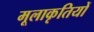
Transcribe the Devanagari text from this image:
मूलाकृतियों